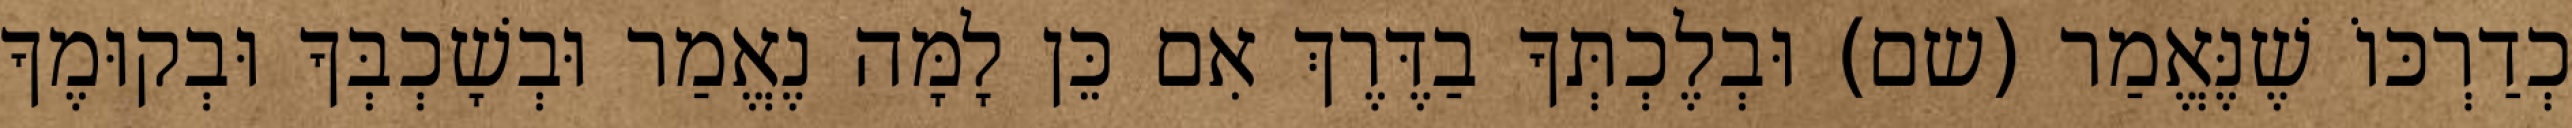
כְדַרְכּוֹ שֶׁנֶּאֱמַר (שם) וּבְלֶכְתְּךָ בַדֶּרֶךְ אִם כֵּן לָמָּה נֶאֱמַר וּבְשָׁכְבְּךָ וּבְקוּמֶךָ